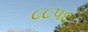
૮૮૫૬